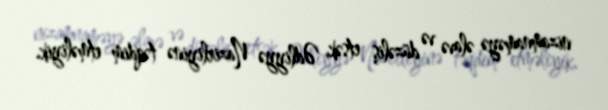
nizamnaməyə əlavə və düzəliş etsək, Ədliyyə Nazirliyinə təqdim etməliyik.